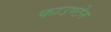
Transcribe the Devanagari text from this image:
फाउण्टेन